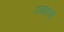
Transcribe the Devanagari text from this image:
राजगडची